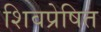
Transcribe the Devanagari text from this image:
शिवप्रेषित